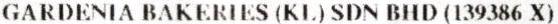
GARDENIA BAKERIES (KL) SDN BHD (139386 X)